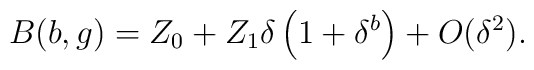
B(b,g) = Z_0 + Z_1 \delta \left( 1 + \delta^{b} \right) +  O(\delta^2).